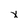
Character: x